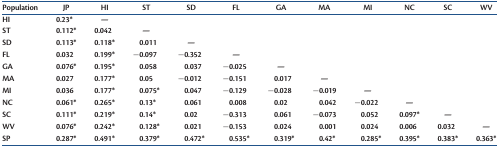
<table><thead><tr><td><b>Population</b></td><td><b>JP</b></td><td><b>HI</b></td><td><b>ST</b></td><td><b>SD</b></td><td><b>FL</b></td><td><b>GA</b></td><td><b>MA</b></td><td><b>MI</b></td><td><b>NC</b></td><td><b>SC</b></td><td><b>WV</b></td></tr></thead><tbody><tr><td>HI</td><td>0.23*</td><td>—</td><td></td><td></td><td></td><td></td><td></td><td></td><td></td><td></td><td></td></tr><tr><td>ST</td><td>0.112*</td><td>0.042</td><td>—</td><td></td><td></td><td></td><td></td><td></td><td></td><td></td><td></td></tr><tr><td>SD</td><td>0.113*</td><td>0.118*</td><td>0.011</td><td>—</td><td></td><td></td><td></td><td></td><td></td><td></td><td></td></tr><tr><td>FL</td><td>0.032</td><td>0.199*</td><td>−0.097</td><td>−0.352</td><td>—</td><td></td><td></td><td></td><td></td><td></td><td></td></tr><tr><td>GA</td><td>0.076*</td><td>0.195*</td><td>0.058</td><td>0.037</td><td>−0.025</td><td>—</td><td></td><td></td><td></td><td></td><td></td></tr><tr><td>MA</td><td>0.027</td><td>0.177*</td><td>0.05</td><td>−0.012</td><td>−0.151</td><td>0.017</td><td>—</td><td></td><td></td><td></td><td></td></tr><tr><td>MI</td><td>0.036</td><td>0.177*</td><td>0.075*</td><td>0.047</td><td>−0.129</td><td>−0.028</td><td>−0.019</td><td>—</td><td></td><td></td><td></td></tr><tr><td>NC</td><td>0.061*</td><td>0.265*</td><td>0.13*</td><td>0.061</td><td>0.008</td><td>0.02</td><td>0.042</td><td>−0.022</td><td>—</td><td></td><td></td></tr><tr><td>SC</td><td>0.111*</td><td>0.219*</td><td>0.14*</td><td>0.02</td><td>−0.313</td><td>0.061</td><td>−0.073</td><td>0.052</td><td>0.097*</td><td>—</td><td></td></tr><tr><td>WV</td><td>0.076*</td><td>0.242*</td><td>0.128*</td><td>0.021</td><td>−0.153</td><td>0.024</td><td>0.001</td><td>0.024</td><td>0.006</td><td>0.032</td><td>—</td></tr><tr><td>SP</td><td>0.287*</td><td>0.491*</td><td>0.379*</td><td>0.472*</td><td>0.535*</td><td>0.319*</td><td>0.42*</td><td>0.285*</td><td>0.395*</td><td>0.383*</td><td>0.363*</td></tr></tbody></table>